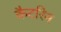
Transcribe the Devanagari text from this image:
कैटरिन